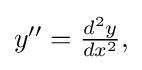
{\textstyle y''={\frac {d^{2}y}{dx^{2}}},}